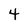
Character: 4